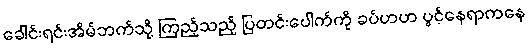
ခေါင်းရင်းအိမ်ဘက်သို့ ကြည့်သည့် ပြတင်းပေါက်ကို ခပ်ဟဟ ပွင့်နေရာကနေ